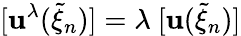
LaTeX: [\mathbf{u}^{\lambda}(\widetilde{{\xi}}_{n})]=\lambda~[\mathbf{u}(\widetilde{{\xi}}_{n})]